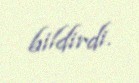
bildirdi.